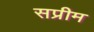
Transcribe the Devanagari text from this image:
सप्रीम